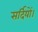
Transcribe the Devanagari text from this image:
सर्दियों।